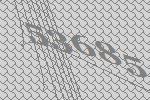
53685